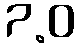
7.0